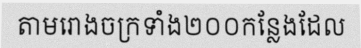
តាមរោងចក្រទាំង២០០កន្លែងដែល